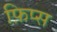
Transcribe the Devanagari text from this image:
फ़िप्स